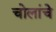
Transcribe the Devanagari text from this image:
चोलांचे